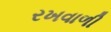
રખવાળી